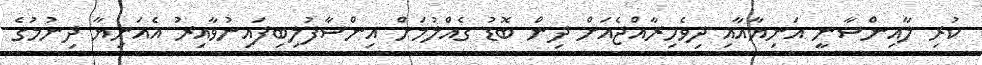
ކުރި ލާއިންސާނީ އަނިޔާއާއި ދިވެހިރާއްޖެއަށް ދިން ބޮޑު ގެއްލުމަށް އިންސާފުލިބިފައިނުވާއިރު އެއަނިޔާ ދިނުމުގެ